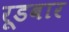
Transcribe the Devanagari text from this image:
रूडबार